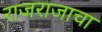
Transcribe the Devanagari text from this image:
राजराजाचा